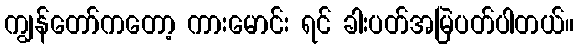
ကျွန်တော်ကတော့ ကားမောင်း ရင် ခါးပတ်အမြဲပတ်ပါတယ်။